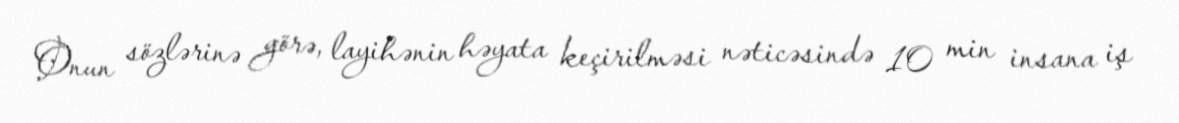
Onun sözlərinə görə, layihənin həyata keçirilməsi nəticəsində 10 min insana iş